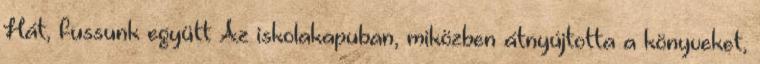
Hát, fussunk együtt Az iskolakapuban, miközben átnyújtotta a könyveket,